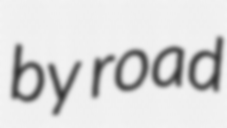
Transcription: by road